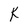
Character: k